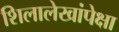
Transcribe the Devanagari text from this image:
शिलालेखांपेक्षा